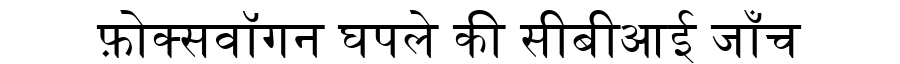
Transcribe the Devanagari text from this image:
फ़ोक्सवॉगन घपले की सीबीआई जाँच